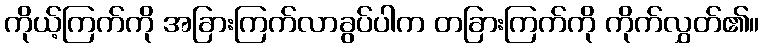
ကိုယ့်ကြက်ကို အခြားကြက်လာခွပ်ပါက တခြားကြက်ကို ကိုက်လွှတ်၏။